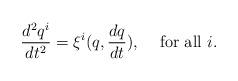
LaTeX: \begin{align*}\displaystyle \frac{d^2q^i}{dt^2} = \xi^i(q, \frac{dq}{dt}), \; \;\; \mbox{ for all } i.\end{align*}